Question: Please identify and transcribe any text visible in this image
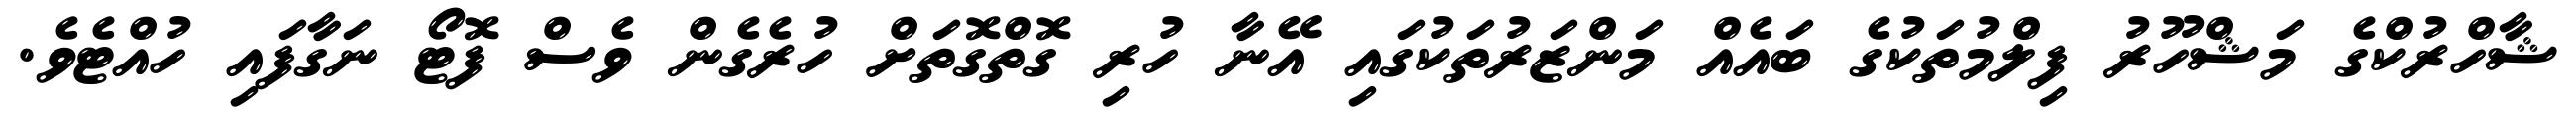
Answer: ޝާހްރުކްގެ މަޝްހޫރު ފިލްމުތަކުގެ ބައެއް މަންޒަރުތަކުގައި އޭނާ ހުރި ގޮތްގޮތަށް ހުރެގެން ވެސް ފޮޓޯ ނަގާފައި ހުއްޓެވެ.